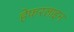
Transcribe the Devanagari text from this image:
हेफरलाइन